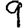
Digit: 9